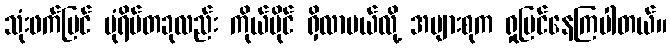
သုံးဖက်မြင် ပုံရိပ်တခုလည်း ကိုယ်ပိုင် ရှိလာမယ်လို့ အများစုက ရှုမြင်နေကြပါတယ်။